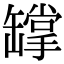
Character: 罉